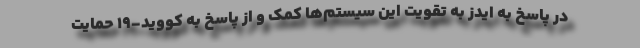
در پاسخ به ایدز به تقویت این سیستم‌ها کمک و از پاسخ به کووید-۱۹ حمایت